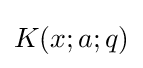
K(x;a;q)